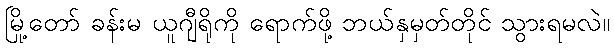
မြို့တော် ခန်းမ ယူဂျီရိုကို ရောက်ဖို့ ဘယ်နှမှတ်တိုင် သွားရမလဲ။